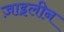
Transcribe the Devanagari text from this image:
ज़ाइलीन